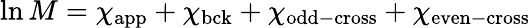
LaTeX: \ln M=\chi_{\mathrm{app}}+\chi_{\mathrm{bck}}+\chi_{\mathrm{odd-cross}}+\chi_{\mathrm{even-cross}}